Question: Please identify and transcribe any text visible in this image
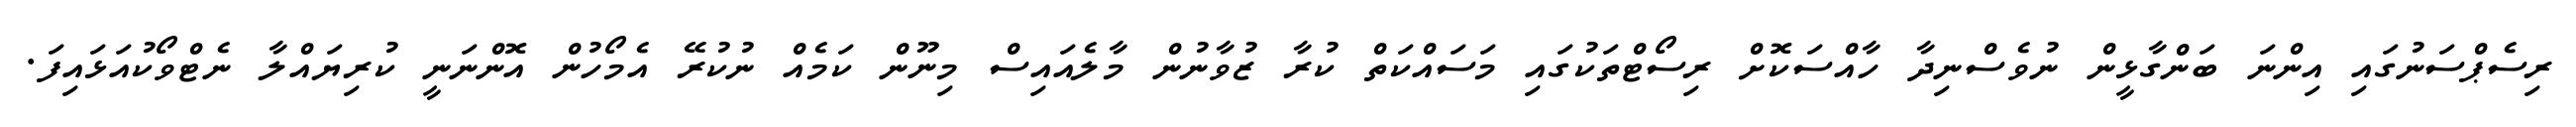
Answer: ރިސެޕްސަނުގައި އިންނަ ބަންގާޅީން ނުވެސްނިދާ ހާއްސަކޮށް ރިސޯޓްތަކުގައި މަސައްކަތް ކުރާ ޒުވާނުން މާލެއައިސް މިނޫން ކަމެއް ނުކުރޭ އެމޯހުން އޮންނަނީ ކުރިޔައްލާ ނެޓްވޯކުއަޅައިފަ.